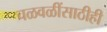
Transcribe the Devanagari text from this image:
चळवळींसाठीही